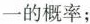
一的概率；